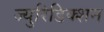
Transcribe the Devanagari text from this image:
ज्युरिडिक्शन